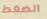
الضغط